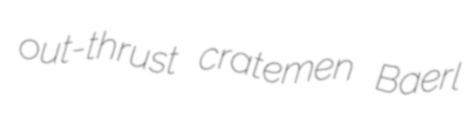
out-thrust cratemen Baerl